Indian journal of veterinary science and animal husbandry - Volumes 22-23, 1952-1953
Year: 1952
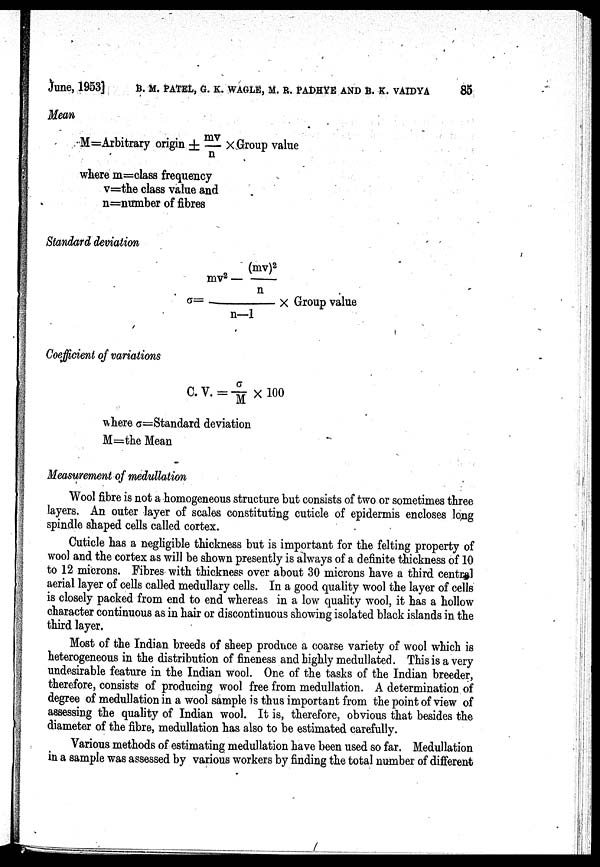
June, 1953] B. M. PATEL, G. K. WAGLE, M. R. PADHYE AND B. K. VAIDYA
86
Mean
M=Arbitrary origin ± mv/n × Group value
where m=class frequency
v=the class value and
n=number of fibres
Standard deviation
mv 2 — (mv) 2 /n
σ = n/n—1 × Group value
Coefficient of variations
C. V. = σ/M× 100
where σ=Standard deviation
M=the Mean
Measurement of medullation
Wool fibre is not a homogeneous structure but consists of two or sometimes three
layers. An outer layer of scales constituting cuticle of epidermis encloses long
spindle shaped cells called cortex.
Cuticle has a negligible thickness but is important for the felting property of
wool and the cortex as will be shown presently is always of a definite thickness of 10
to 12 microns. Fibres with thickness over about 30 microns have a third central
aerial layer of cells called medullary cells. In a good quality wool the layer of cells
is closely packed from end to end whereas in a low quality wool, it has a hollow
character continuous as in hair or discontinuous showing isolated black islands in the
third layer.
Most of the Indian breeds of sheep produce a coarse variety of wool which is
heterogeneous in the distribution of fineness and highly medullated. This is a very
undesirable feature in the Indian wool. One of the tasks of the Indian breeder,
therefore, consists of producing wool free from medullation. A determination of
degree of medullation in a wool sample is thus important from the point of view of
assessing the quality of Indian wool. It is, therefore, obvious that besides the
diameter of the fibre, medullation has also to be estimated carefully.
Various methods of estimating medullation have been used so far. Medullation
in a sample was assessed by various workers by finding the total number of different